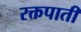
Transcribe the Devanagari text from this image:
रक्तपाती